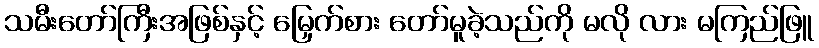
သမီးတော်ကြီးအဖြစ်နှင့် မြှေက်စား တော်မူခဲ့သည်ကို မလို လား မကြည်ဖြူ